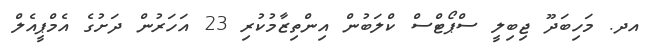
އދ. މަހިބަދޫ ޖިބިލީ ސްޕޯޓްސް ކްލަބުން އިންތިޒާމުކުރި 23 އަހަރުން ދަށުގެ އެމްޕީއެލް